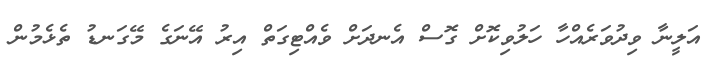
އަލީނާ ވިދުވަރެއްހާ ހަލުވިކޮށް ގޮސް އެނދަށް ވެއްޓިގަތް އިރު އޭނަގެ މޭގަނޑު ތެޅެމުން